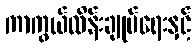
ကာကွယ်ထိန်းချုပ်ရေးနှင့်